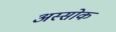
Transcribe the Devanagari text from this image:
अस्सोक